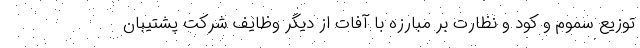
توزیع سموم و کود و نظارت بر مبارزه با آفات از دیگر وظایف شرکت پشتیبان